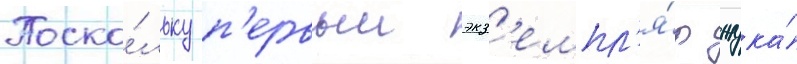
Поско́льку п'ервыи экз'емпл'я́р жука́